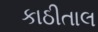
કાઠીતાલ